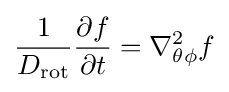
{\frac {1}{D_{\mathrm {rot} }}}{\frac {\partial f}{\partial t}}=\nabla _{\theta \phi }^{2}f